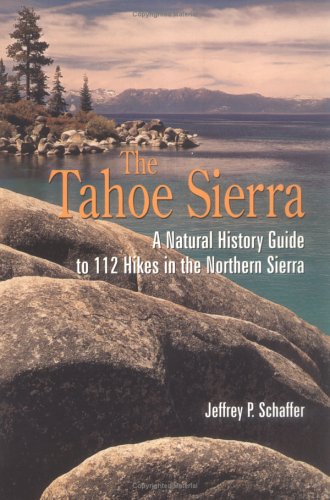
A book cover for Tahoe Sierra: A Natural History Guide to 112 Hikes in the Northern Sierra; Jeffrey P. Schaffer; Sports & Outdoors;